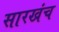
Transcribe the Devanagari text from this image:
सारखंच